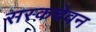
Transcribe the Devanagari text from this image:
सस्कचेवन